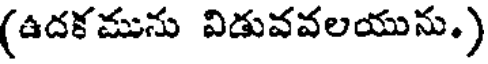
(ఉదకమును విడువవలయును.)